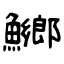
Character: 鱜